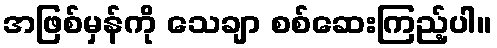
အဖြစ်မှန်ကို သေချာ စစ်ဆေးကြည့်ပါ။